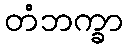
တံဘက္ခာ